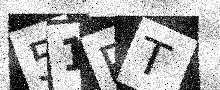
Text: 51PT